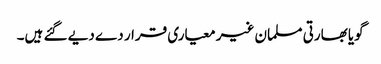
گویا بھارتی مسلمان غیر معیاری قرار دے دیے گئے ہیں۔